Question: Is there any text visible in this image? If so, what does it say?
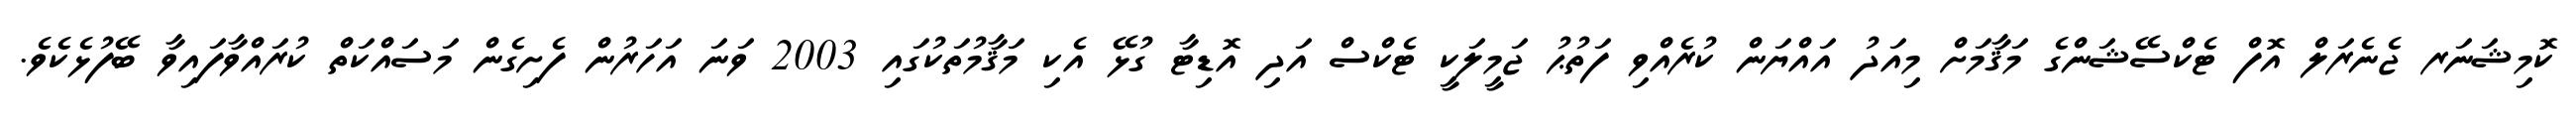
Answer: ކޮމިޝަނަރ ޖެނެރަލް އޮފް ޓެކްސޭޝަންގެ މަޤާމަށް މިއަދު އައްޔަން ކުރެއްވި ފަތުޙު ޖަމީލަކީ ޓެކްސް އަދި އޮޑިޓާ ގުޅޭ އެކި މަޤާމުތަކުގައި 2003 ވަނަ އަހަރުން ފެށިގެން މަސައްކަތް ކުރައްވާފައިވާ ބޭފުޅެކެވެ.